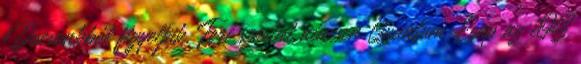
Docsunkból figyeljük. Feri szerint nincsen Quantum Leap az iOS